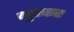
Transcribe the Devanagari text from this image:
भुतकर